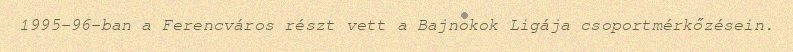
1995-96-ban a Ferencváros részt vett a Bajnokok Ligája csoportmérkőzésein.